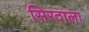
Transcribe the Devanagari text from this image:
सिरदाला